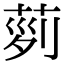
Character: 𦱝